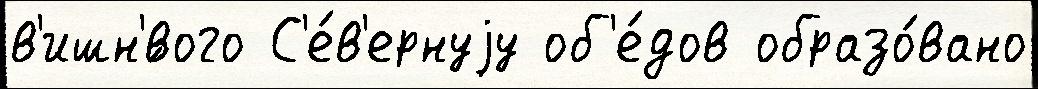
в'ишн'́вого С'е́в'ернуjу об'е́дов образо́вано